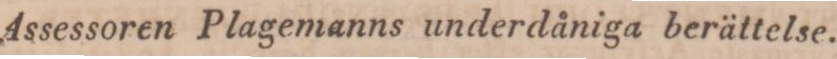
Assessoren Plagemanns underdåniga berättelse.